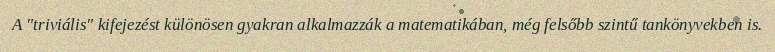
A "triviális" kifejezést különösen gyakran alkalmazzák a matematikában, még felsőbb szintű tankönyvekben is.